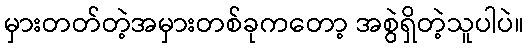
မှားတတ်တဲ့အမှားတစ်ခုကတော့ အစွဲရှိတဲ့သူပါပဲ။